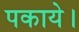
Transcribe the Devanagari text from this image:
पकाये।